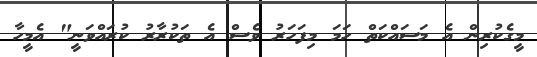
މީގެކުރިން އެ މަސައްކަތް ހަމަ މިފަހަރު ވެސް އެ ތަކުރާރު ކުރައްވަނީ" އެމީހާ